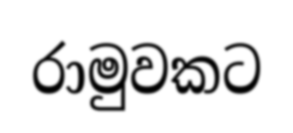
රාමුවකට